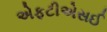
એફટીએસઈ